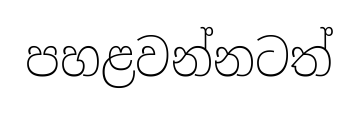
පහළවන්නටත්